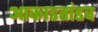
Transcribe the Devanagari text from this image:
आकाडतांडव